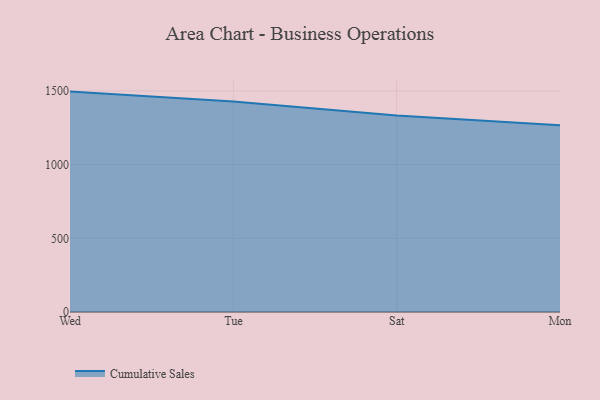
{"axis": {"x": "Day", "y": "Churn Rate (%)"}, "legend": ["Cumulative Sales"], "data": [{"x": "Wed", "y": 1495.5, "type": "Cumulative Sales"}, {"x": "Tue", "y": 1428.5, "type": "Cumulative Sales"}, {"x": "Sat", "y": 1332.9, "type": "Cumulative Sales"}, {"x": "Mon", "y": 1267.9, "type": "Cumulative Sales"}]}